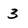
Character: 3